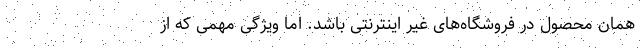
همان محصول در فروشگاه‌های غیر اینترنتی باشد. اما ویژگی مهمی که از